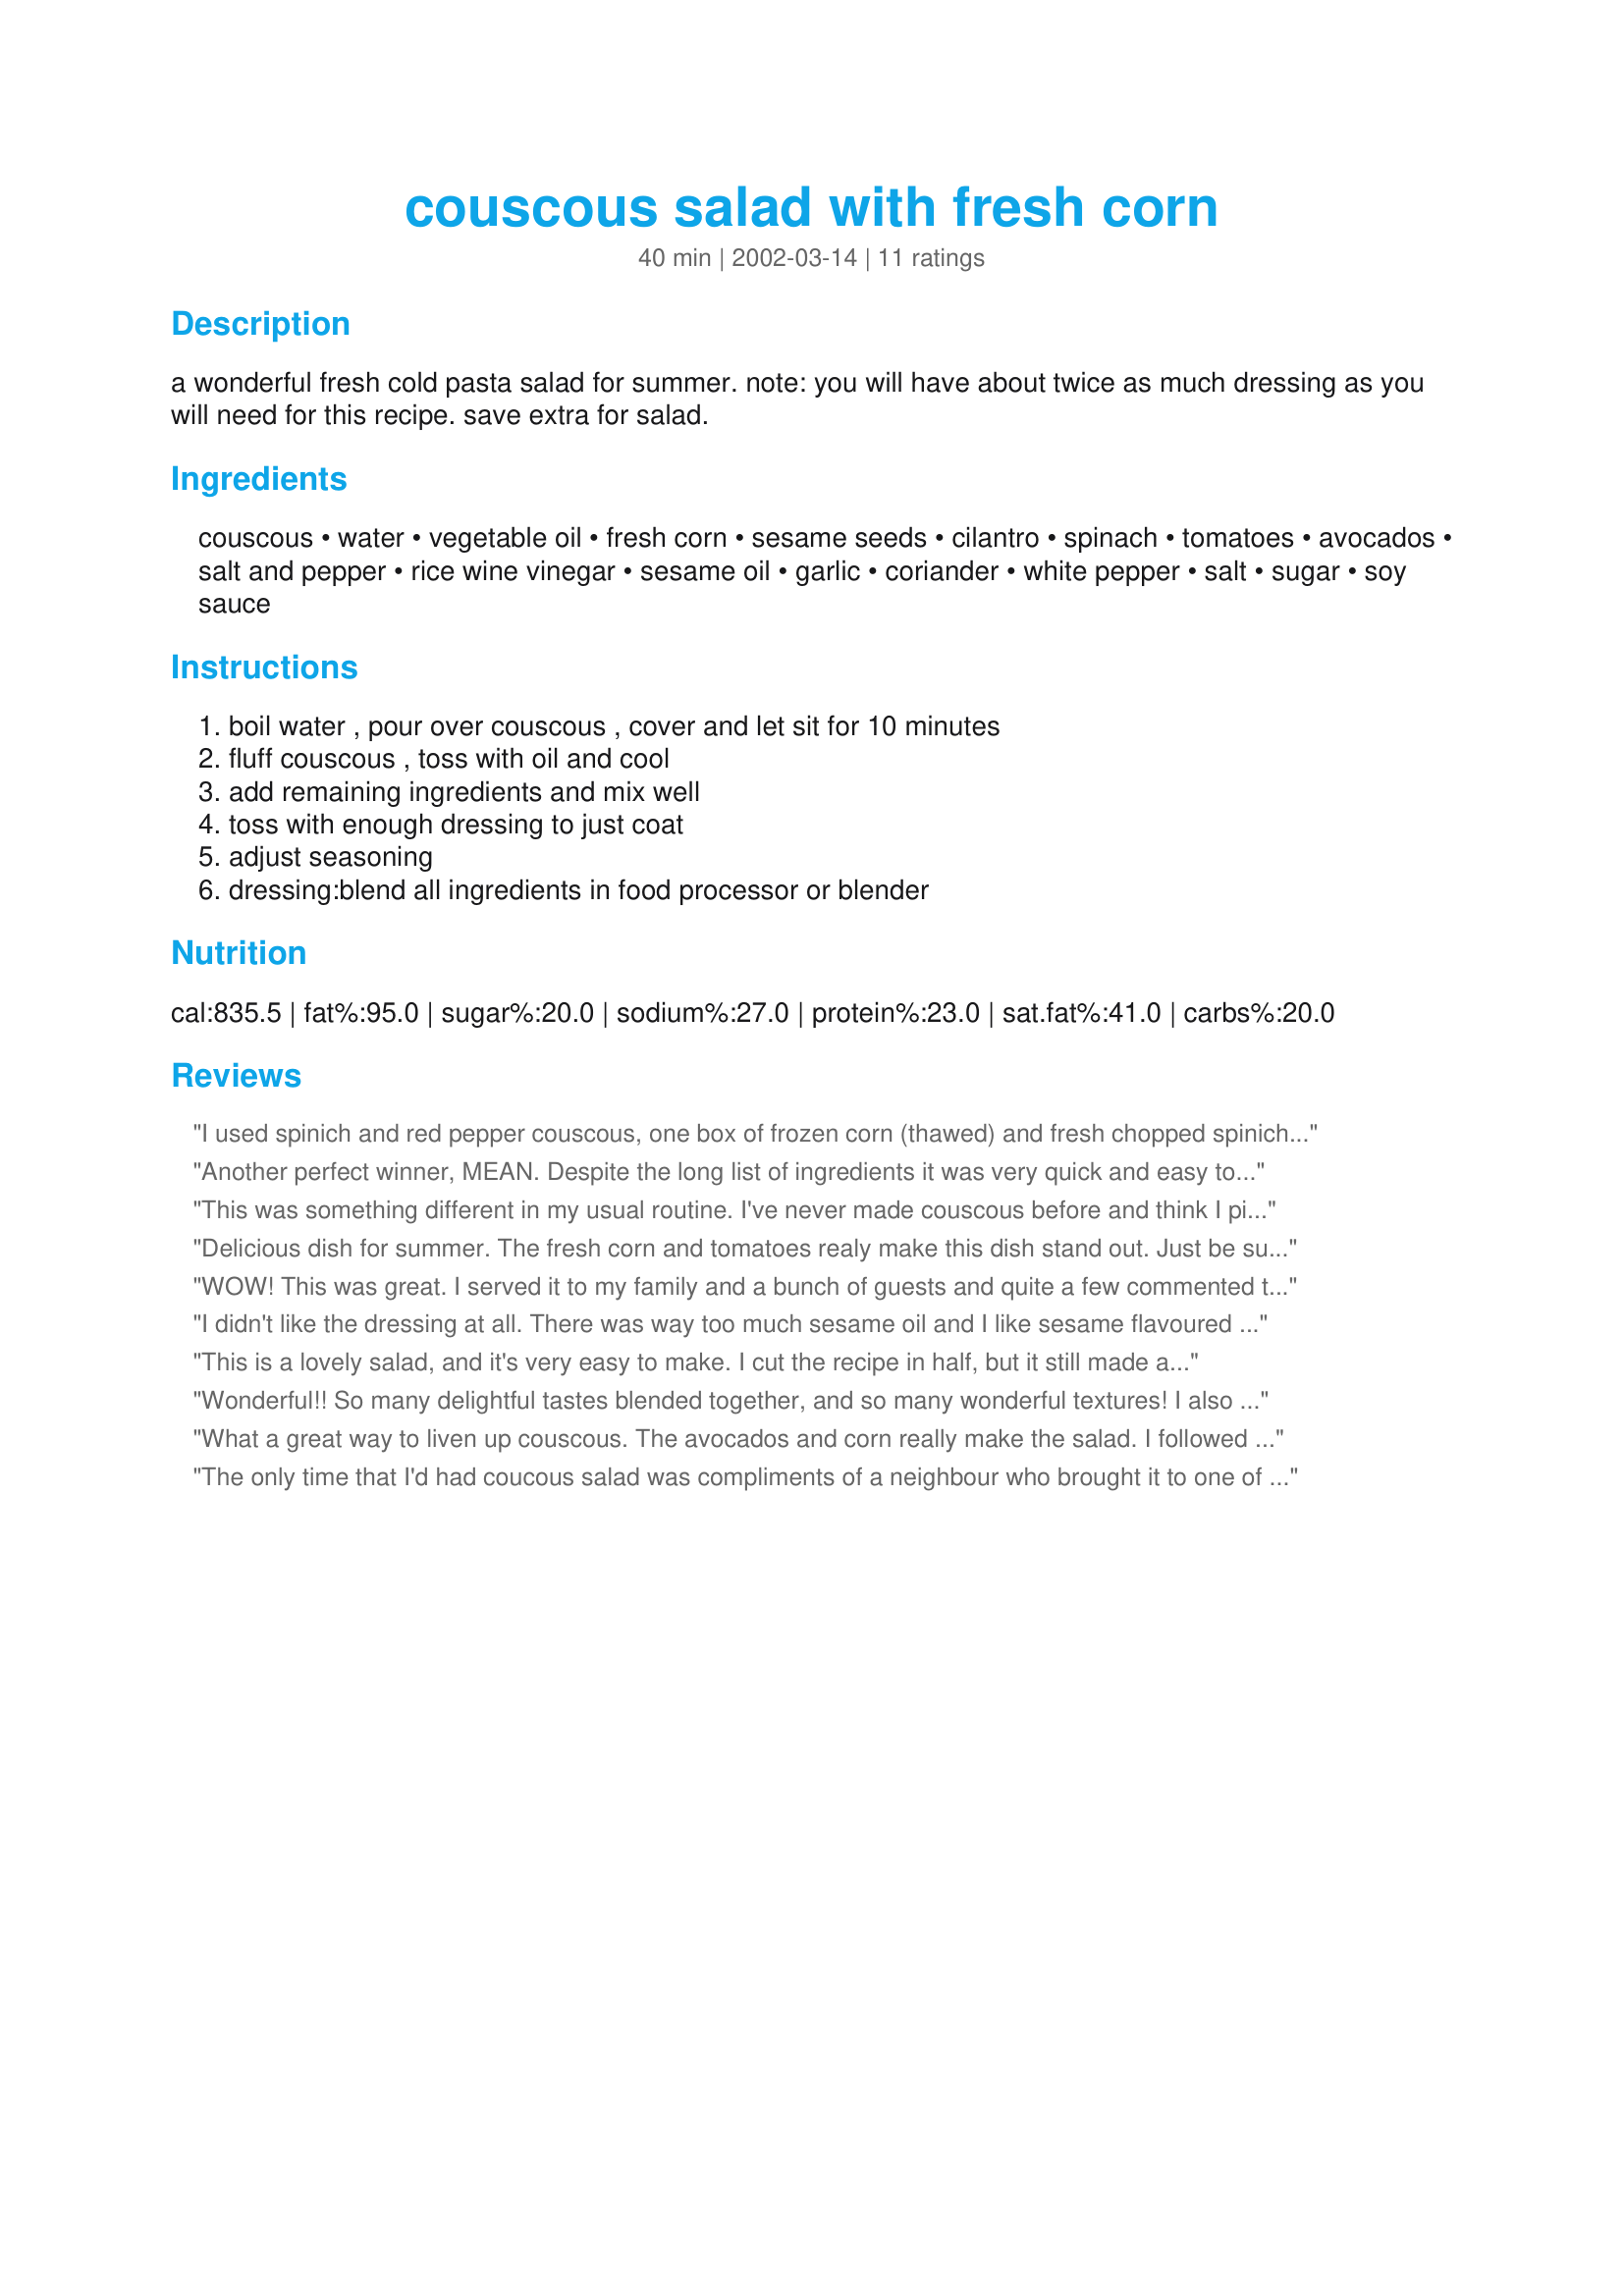
couscous salad with fresh corn
Preparation time: 40 minutes

a wonderful fresh cold pasta salad for summer. note: you will have about twice as much dressing as you will need for this recipe. save extra for salad.

Ingredients:
couscous, water, vegetable oil, fresh corn, sesame seeds, cilantro, spinach, tomatoes, avocados, salt and pepper, rice wine vinegar, sesame oil, garlic, coriander, white pepper, salt, sugar, soy sauce

Steps:
boil water , pour over couscous , cover and let sit for 10 minutes, fluff couscous , toss with oil and cool, add remaining ingredients and mix well, toss with enough dressing to just coat, adjust seasoning, dressing:blend all ingredients in food processor or blender

Reviews:
I used spinich and red pepper couscous, one box of frozen corn (thawed) and fresh chopped spinich. I made half of the dressing and didn't even use all of that. For the dressing, instead of rice vinegar, I used 1/2 the amount called for, and 1/2 white and 1/2 red balsalmic. This dish was absolutly delicious!!! Although it takes awhile to prepare, it is well worth it. Also, the full recipe could feed an army!
Another perfect winner, MEAN. Despite the long list of ingredients it was very quick and easy to make. The flavor of the dressing is perfectly balanced and I love the fact that it makes so much. I plan on using the leftovers on a noodle/shrimp salad as well as on shredded cabbage. I halved the recipe and still got a very large bowl of salad. Thanks again, MEAN.
This was something different in my usual routine. I've never made couscous before and think I picked a real winner of a recipe for the first try. A unique and delicious mixture of flavors and texture, not to mention pretty presentation.
Delicious dish for summer. The fresh corn and tomatoes realy make this dish stand out. Just be sure to dress it judiciously... too much dressing is not a good thing (learned that the hard way).
WOW! This was great. I served it to my family and a bunch of guests and quite a few commented that while they don't usually like couscous, this was delicious. I did not have regular sesame oil, and so increased the vegetable oil a bit, and then added a small amount of toasted sesame oil to give it a nice, deep sesame flavor. Like other reviewers, I noticed that it made a lot of salad. I ended up roughly halving the recipe, and we had enough for two large meals of about 10 people each. (Ok, my non-salad-eating kids were part of that crowd, but still...) I left out the spinach altogether, and used frozen organic corn, tossed in while still frozen. It was still great. This one is definitely a keeper! Thanks Irmgard!
I didn't like the dressing at all. There was way too much sesame oil and I like sesame flavoured things. I would have preferred the salad with a lighter lemon dressing.
This is a lovely salad, and it's very easy to make. I cut the recipe in half, but it still made a HUGE amount of salad (a half-recipe could serve more than six people). Irmgard was right - you do get a lot of extra dressing from the recipe. We've been enjoying it on lettuce salad. Thanks for sharing!
Wonderful!! So many delightful tastes blended together, and so many wonderful textures! I also left out the spinach. The next day when dealing with leftovers, as serving I topped the individual platings with some toasted pine nuts and we loved it that way as well! It seemed to add one more dimension to this delicious multi-dimensional dish. Thanks so much for sharing!!
What a great way to liven up couscous. The avocados and corn really make the salad. I followed the recipe but left out the spinach. I also cut back on the amount of dressing. I will be making this again. Thanks for posting.
The only time that I'd had coucous salad was compliments of a neighbour who brought it to one of my pool parties - I hated it! When Irmgard brought this one to a potluck BBQ, good manners meant that I give it a try. I tried a very small portion but I went back for seconds. It was so good that I'm going to make it for my mother's 85th birthday party. Thanx Irmgard & Mean Chef!
I really enjoyed this salad, of course it is always better when someone else cooks, and in this case I was lucky enough to have the Chef Herself make it! A very different salad with a terrific dressing. Thanks Irmgard!
